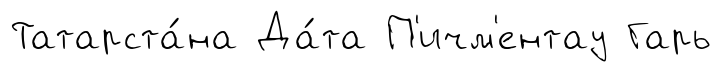
Татарста́на Да́та П'ичм'ентау Гарь